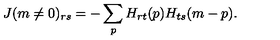
J ( m \ne 0 ) _ { r s } = - \sum _ { p } H _ { r t } ( p ) H _ { t s } ( m - p ) .